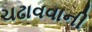
ચઢાવવાની